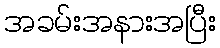
အခမ်းအနားအပြီး